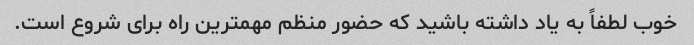
خوب لطفاً به یاد داشته باشید که حضور منظم مهمترین راه برای شروع است.